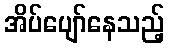
အိပ်ပျော်နေသည့်